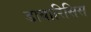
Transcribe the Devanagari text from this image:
डायारिसिस